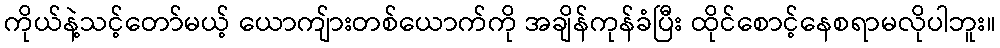
ကိုယ်နဲ့သင့်တော်မယ့် ယောကျ်ားတစ်ယောက်ကို အချိန်ကုန်ခံပြီး ထိုင်စောင့်နေစရာမလိုပါဘူး။